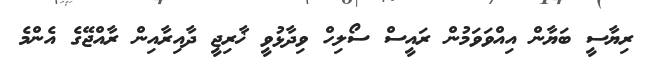
ރިޔާސީ ބަޔާން އިއްވަވަމުން ރައީސް ސޯލިހް ވިދާޅުވީ ޚާރިޖީ ދާއިރާއިން ރާއްޖޭގެ އެންމެ